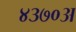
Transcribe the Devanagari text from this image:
४३७०अ